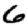
Digit: 6